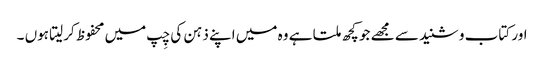
اور کتاب و شنید سے مجھے جو کچھ ملتا ہے وہ میں اپنے ذہن کی چِپ میں محفوظ کرلیتا ہوں ۔